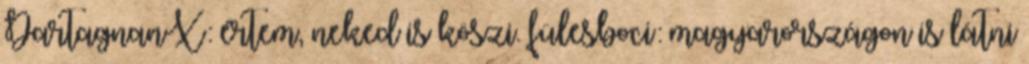
DartagnanX: értem, neked is köszi. fülesboci: magyarországon is látni